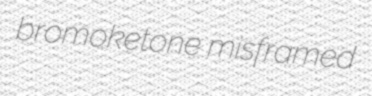
bromoketone misframed